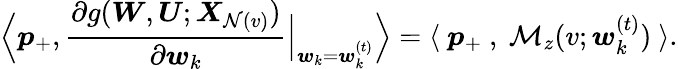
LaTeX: \Big\langle{\boldsymbol p}_{+},\frac{\partial g({\boldsymbol W},{\boldsymbol U};{\boldsymbol X}_{\mathcal{N}(v)})}{\partial{\boldsymbol w}_{k}}\Big|_{{\boldsymbol w}_{k}={\boldsymbol w}_{k}^{(t)}}\Big\rangle=\langle~{\boldsymbol p}_{+}~,~\mathcal{M}_{z}(v;{\boldsymbol w}_{k}^{(t)})~\rangle.